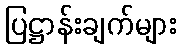
ပြဋ္ဌာန်းချက်များ